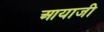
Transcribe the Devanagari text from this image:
आयाजी